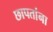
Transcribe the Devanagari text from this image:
छापतांना